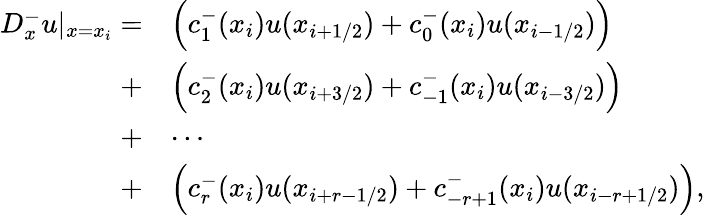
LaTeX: \begin{array}{rl}{D_{x}^{-}u|_{x=x_{i}}=}&{\Big(c_{1}^{-}(x_{i})u(x_{i+1/2})+c_{0}^{-}(x_{i})u(x_{i-1/2})\Big)}\\ {+}&{\Big(c_{2}^{-}(x_{i})u(x_{i+3/2})+c_{-1}^{-}(x_{i})u(x_{i-3/2})\Big)}\\ {+}&{\cdots}\\ {+}&{\Big(c_{r}^{-}(x_{i})u(x_{i+r-1/2})+c_{-r+1}^{-}(x_{i})u(x_{i-r+1/2})\Big),}\end{array}